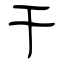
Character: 干